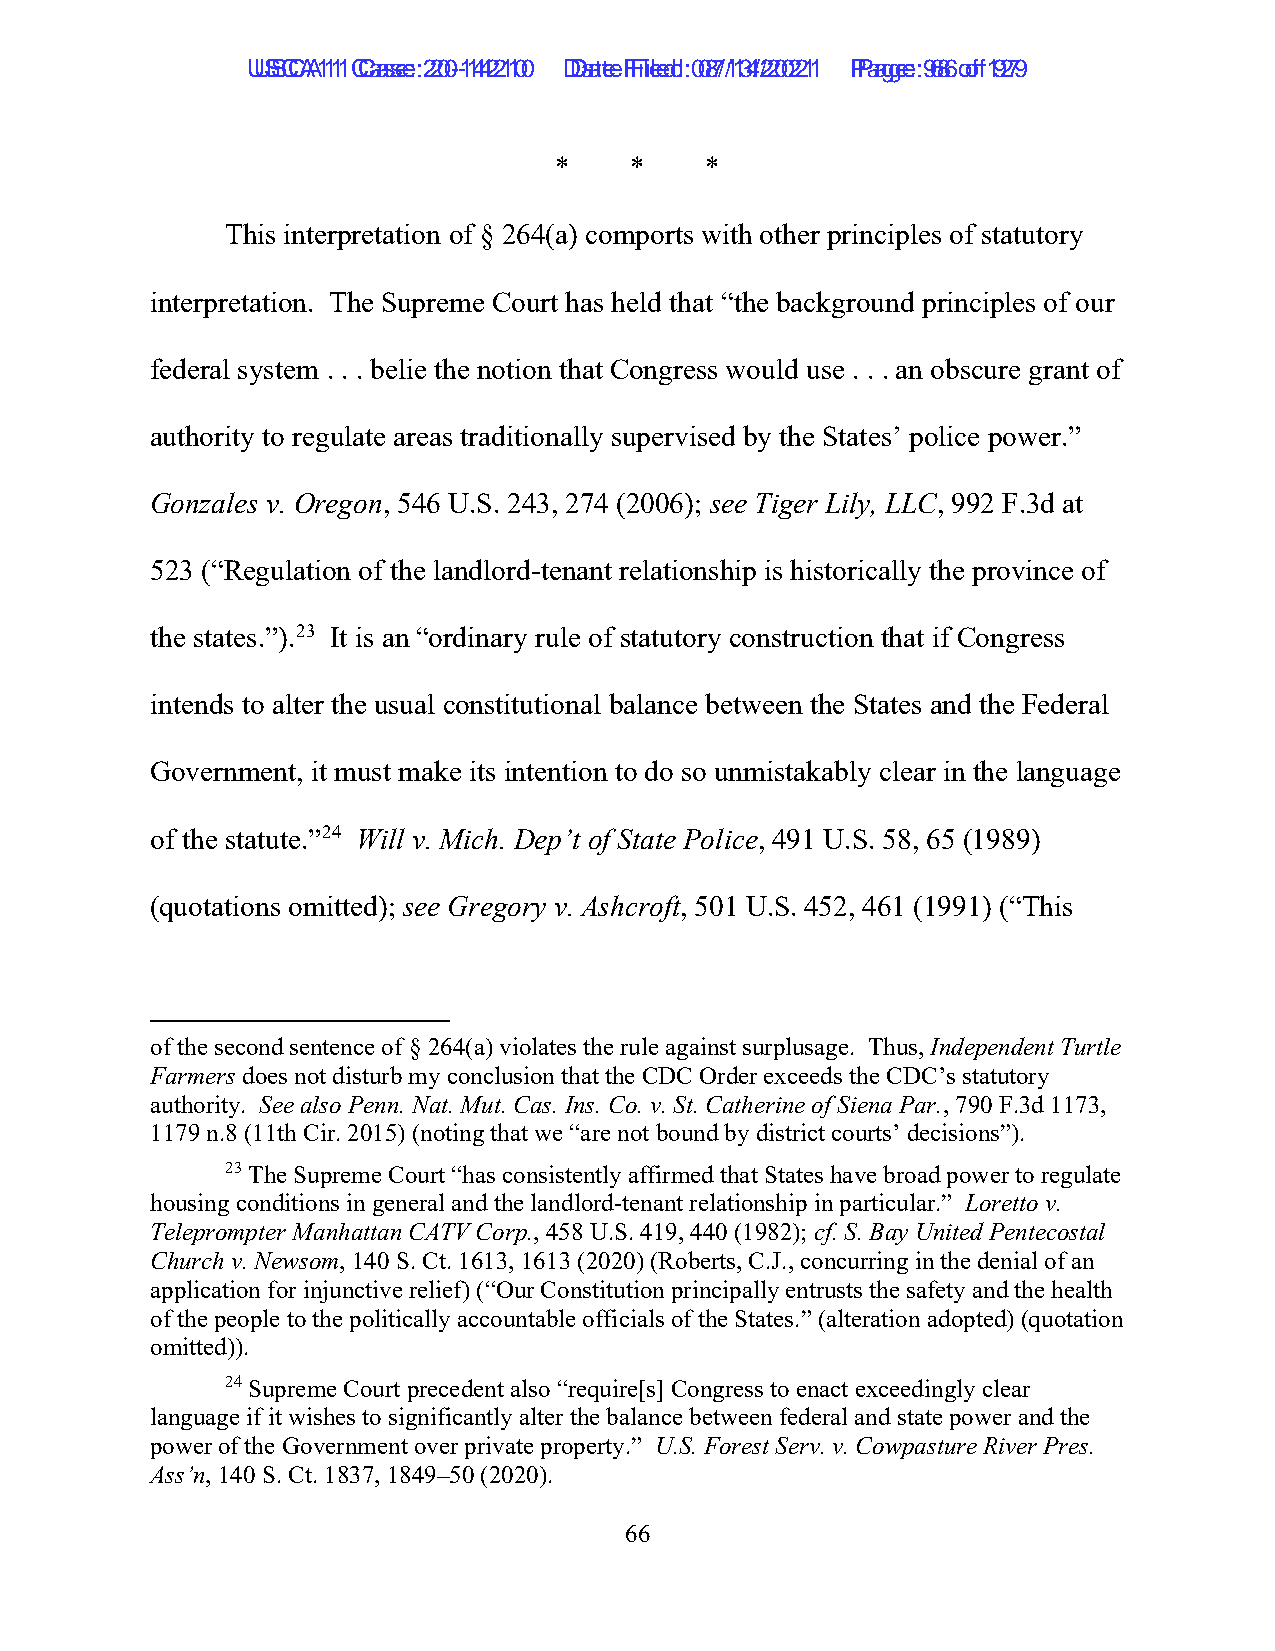
UUSSCCAA1111 C Caassee: :2 200--1144221100 D Daatete F Filieledd: :0 087/1/134/2/2002211 P Paaggee: :9 686 o of f1 9279
 *    *    *
 This interpretation of § 264(a) comports with other principles of statutory
 interpretation. The Supreme Court has held that “the background principles of our
 federal system . . . belie the notion that Congress would use . . . an obscure grant of
 authority to regulate areas traditionally supervised by the States’ police power.”
 Gonzales v. Oregon, 546 U.S. 243, 274 (2006); see Tiger Lily, LLC, 992 F.3d at
 523 (“Regulation of the landlord-tenant relationship is historically the province of
 the states.”).23 It is an “ordinary rule of statutory construction that if Congress
 intends to alter the usual constitutional balance between the States and the Federal
 Government, it must make its intention to do so unmistakably clear in the language
 of the statute.”24 Will v. Mich. Dep’t of State Police, 491 U.S. 58, 65 (1989)
 (quotations omitted); see Gregory v. Ashcroft, 501 U.S. 452, 461 (1991) (“This
 of the second sentence of § 264(a) violates the rule against surplusage. Thus, Independent Turtle
 Farmers does not disturb my conclusion that the CDC Order exceeds the CDC’s statutory
 authority. See also Penn. Nat. Mut. Cas. Ins. Co. v. St. Catherine of Siena Par., 790 F.3d 1173,
 1179 n.8 (11th Cir. 2015) (noting that we “are not bound by district courts’ decisions”).
 23 The Supreme Court “has consistently affirmed that States have broad power to regulate
 housing conditions in general and the landlord-tenant relationship in particular.” Loretto v.
 Teleprompter Manhattan CATV Corp., 458 U.S. 419, 440 (1982); cf. S. Bay United Pentecostal
 Church v. Newsom, 140 S. Ct. 1613, 1613 (2020) (Roberts, C.J., concurring in the denial of an
 application for injunctive relief) (“Our Constitution principally entrusts the safety and the health
 of the people to the politically accountable officials of the States.” (alteration adopted) (quotation
 omitted)).
 24 Supreme Court precedent also “require[s] Congress to enact exceedingly clear
 language if it wishes to significantly alter the balance between federal and state power and the
 power of the Government over private property.” U.S. Forest Serv. v. Cowpasture River Pres.
 Ass’n, 140 S. Ct. 1837, 1849–50 (2020).
 66